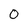
Character: 0